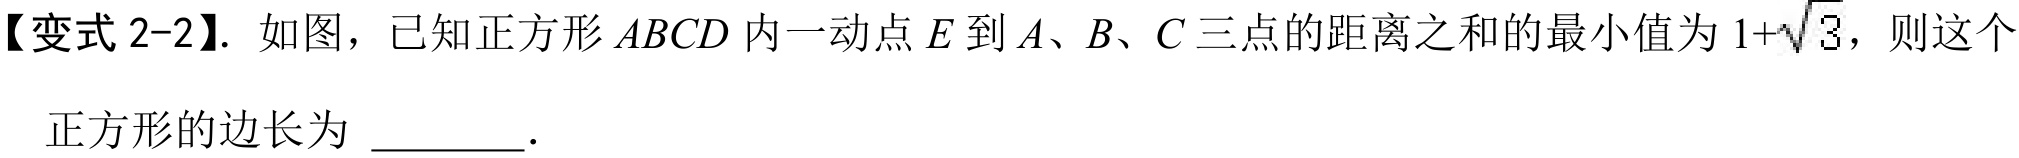
【变式 2-2】. 如图，已知正方形 \(ABCD\) 内一动点 \(E\) 到 \(A、B、C\) 三点的距离之和的最小值为 \(1+\sqrt{3}\)，则这个正方形的边长为  ．